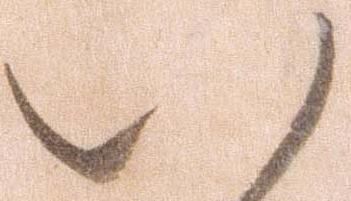
い